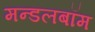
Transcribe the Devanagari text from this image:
मन्डलबॉम